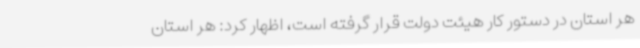
هر استان در دستور کار هیئت دولت قرار گرفته است، اظهار کرد: هر استان